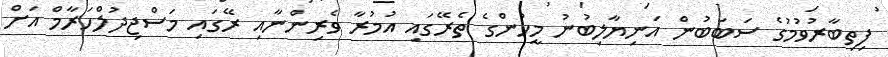
ފިތިބާރުވުމުގެ ސަބަބުން އަނިޔާލިބުނު މީހުންގެ ތެރޭގައި އުމުރާ ވެރިންނާއި ރޭގައި މަސްޖިދުލްހަރާމް އަށް